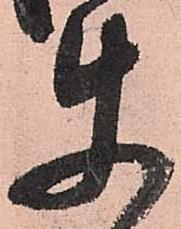
使